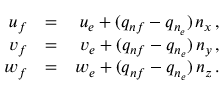
\begin{array} { r l r } { { u _ { f } } } & { { = } } & { { u _ { e } + ( q _ { n f } - q _ { n _ { e } } ) \, n _ { x } \, \mathrm { , } } } \\ { { v _ { f } } } & { { = } } & { { v _ { e } + ( q _ { n f } - q _ { n _ { e } } ) \, n _ { y } \, \mathrm { , } } } \\ { { w _ { f } } } & { { = } } & { { w _ { e } + ( q _ { n f } - q _ { n _ { e } } ) \, n _ { z } \, \mathrm { . } } } \end{array}